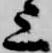
上